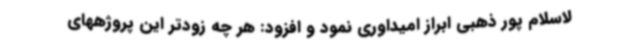
لاسلام پور ذهبی ابراز امیداوری نمود و افزود: هر چه زودتر این پروژههای